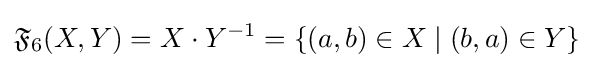
{\mathfrak {F}}_{6}(X,Y)=X\cdot Y^{-1}=\{(a,b)\in X\mid (b,a)\in Y\}